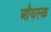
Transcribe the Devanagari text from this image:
औयस्क